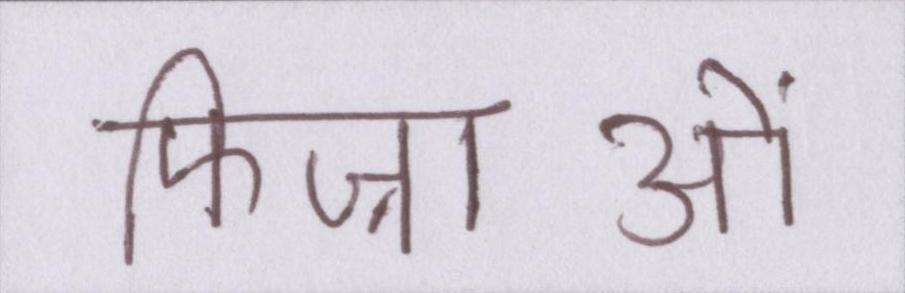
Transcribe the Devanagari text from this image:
फिज़ाओं